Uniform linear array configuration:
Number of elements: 16
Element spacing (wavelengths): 1
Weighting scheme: hann
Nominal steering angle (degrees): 30
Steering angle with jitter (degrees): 29.592
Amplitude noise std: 0.05
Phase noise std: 0.05

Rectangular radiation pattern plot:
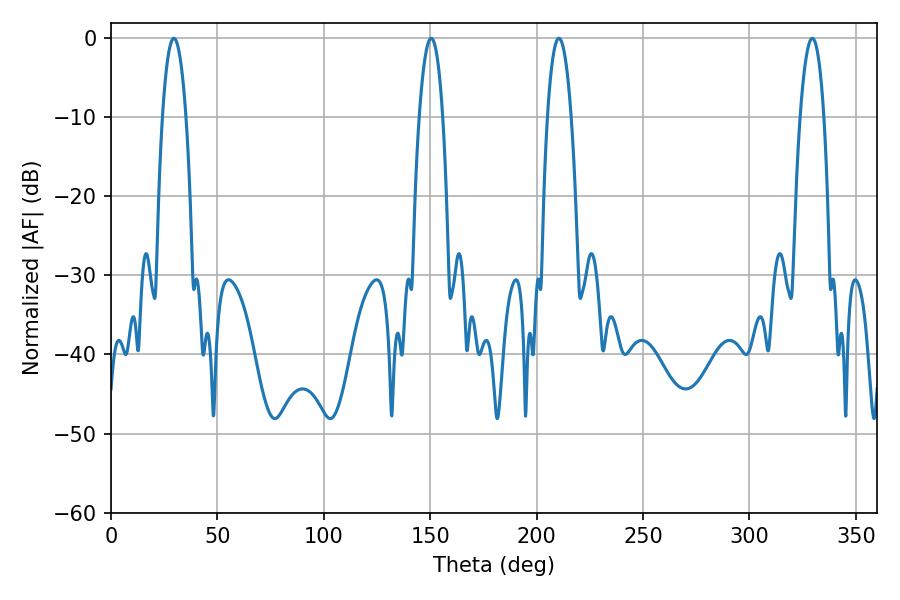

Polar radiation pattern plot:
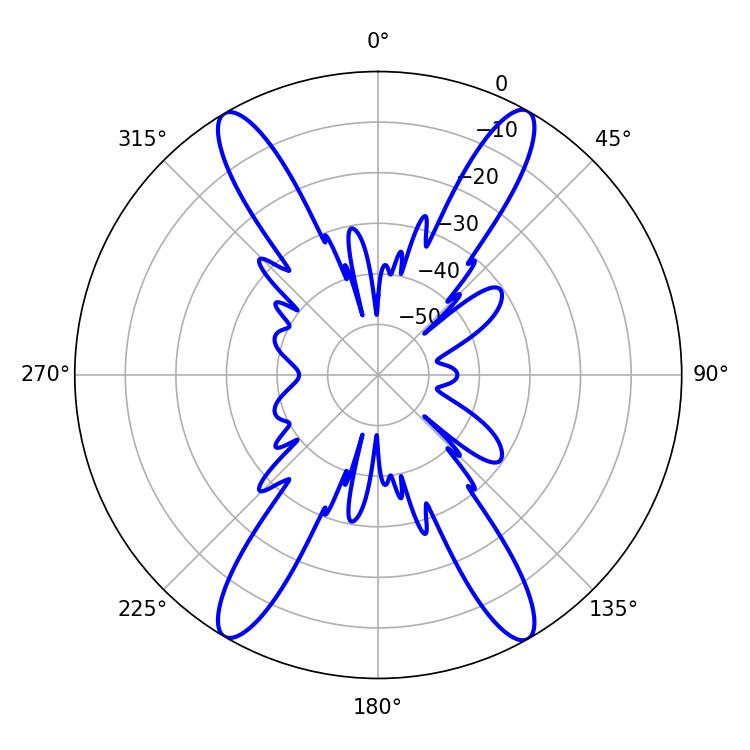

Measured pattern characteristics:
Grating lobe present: TRUE
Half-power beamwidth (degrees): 6.12
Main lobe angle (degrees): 29.52